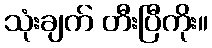
သုံးချက် တီးပြီကိုး။